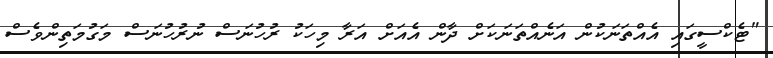
"ޓެކްސީގައި އެއްތަނަކުން އަނެއްތަނަކަށް ދާން އެއަށް އަރާ މިހަކު ރުހުނަސް ނުރުހުނަސް މަގުމަތިންވެސް